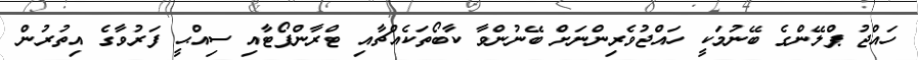
ހައްޖު ޕްލޭންގެ ބޭނުމަކީ ހައްޖުވެރިންނަށް ބޭނުންވާ ކާބޯތަކެއްޗާއި ޓްރާންޕޯޓާއި ސިއްޙީ ފަރުވާގެ އިތުރުން